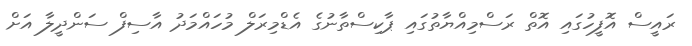
ރައީސް އޮފީހުގައި އޮތް ރަސްމިއްޔާތުގައި ޕާކިސްތާނުގެ އެޑްމިރަލް މުހައްމަދު އާސިފް ސަންދީލާ އަށް